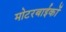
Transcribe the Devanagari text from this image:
मोटरबाईकों